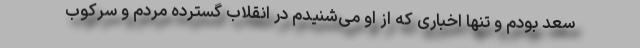
سعد بودم و تنها اخباری که از او می‌شنیدم در انقلاب گسترده مردم و سرکوب